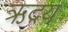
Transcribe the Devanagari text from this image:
ऋदय